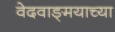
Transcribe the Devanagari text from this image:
वेदवाङ्‌मयाच्या